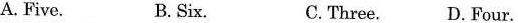
A. Five. B. Six. C. Three. D. Four.